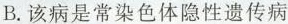
B.该病是常染色体隐性遗传病